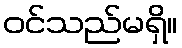
ဝင်သည်မရှိ။